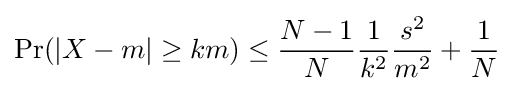
\Pr(|X-m|\geq km)\leq {\frac {N-1}{N}}{\frac {1}{k^{2}}}{\frac {s^{2}}{m^{2}}}+{\frac {1}{N}}